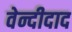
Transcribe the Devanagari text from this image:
वेन्दीदाद